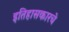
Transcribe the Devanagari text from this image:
इतिहासकारचे